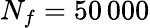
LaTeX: N_{f}=50\, 000